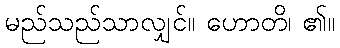
မည်သည်သာလျှင်။ ဟောတိ၊ ၏။